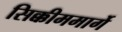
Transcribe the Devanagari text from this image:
सिक्कीममार्गे